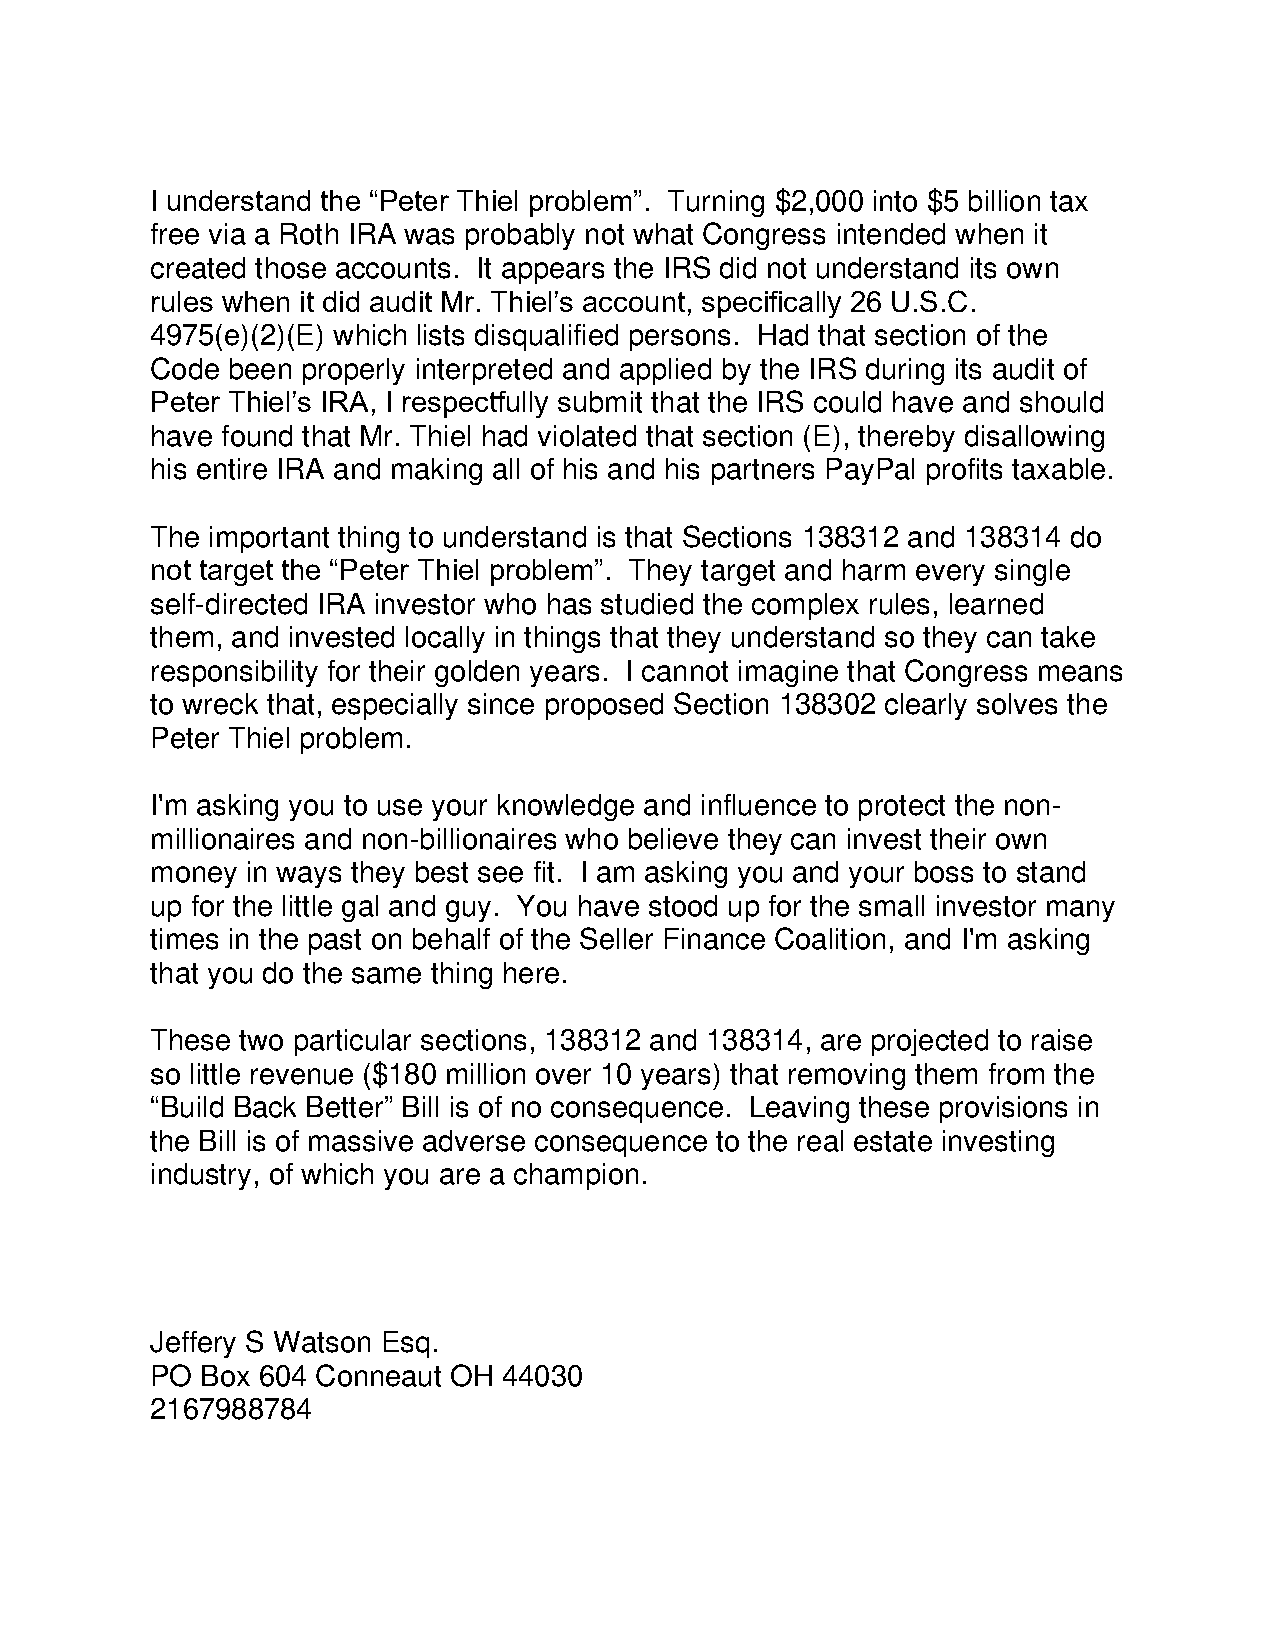
I understand the “Peter Thiel problem”. Turning $2,000 into $5 billion tax
 free via a Roth IRA was probably not what Congress intended when it
 created those accounts. It appears the IRS did not understand its own
 rules when it did audit Mr. Thiel’s account, specifically 26 U.S.C.
 4975(e)(2)(E) which lists disqualified persons. Had that section of the
 Code been properly interpreted and applied by the IRS during its audit of
 Peter Thiel’s IRA, I respectfully submit that the IRS could have and should
 have found that Mr. Thiel had violated that section (E), thereby disallowing
 his entire IRA and making all of his and his partners PayPal profits taxable.
 The important thing to understand is that Sections 138312 and 138314 do
 not target the “Peter Thiel problem”. They target and harm every single
 self-directed IRA investor who has studied the complex rules, learned
 them, and invested locally in things that they understand so they can take
 responsibility for their golden years. I cannot imagine that Congress means
 to wreck that, especially since proposed Section 138302 clearly solves the
 Peter Thiel problem.
 I'm asking you to use your knowledge and influence to protect the non-
 millionaires and non-billionaires who believe they can invest their own
 money in ways they best see fit. I am asking you and your boss to stand
 up for the little gal and guy. You have stood up for the small investor many
 times in the past on behalf of the Seller Finance Coalition, and I'm asking
 that you do the same thing here.
 These two particular sections, 138312 and 138314, are projected to raise
 so little revenue ($180 million over 10 years) that removing them from the
 “Build Back Better” Bill is of no consequence. Leaving these provisions in
 the Bill is of massive adverse consequence to the real estate investing
 industry, of which you are a champion.
 Jeffery S Watson Esq.
 PO Box 604 Conneaut OH 44030
 2167988784